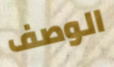
الوصف